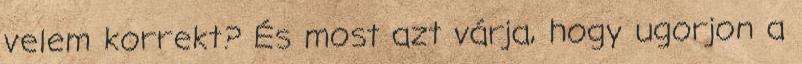
velem korrekt? És most azt várja, hogy ugorjon a